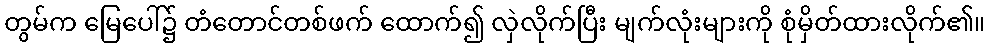
တွမ်က မြေပေါ်၌ တံတောင်တစ်ဖက် ထောက်၍ လှဲလိုက်ပြီး မျက်လုံးများကို စုံမှိတ်ထားလိုက်၏။